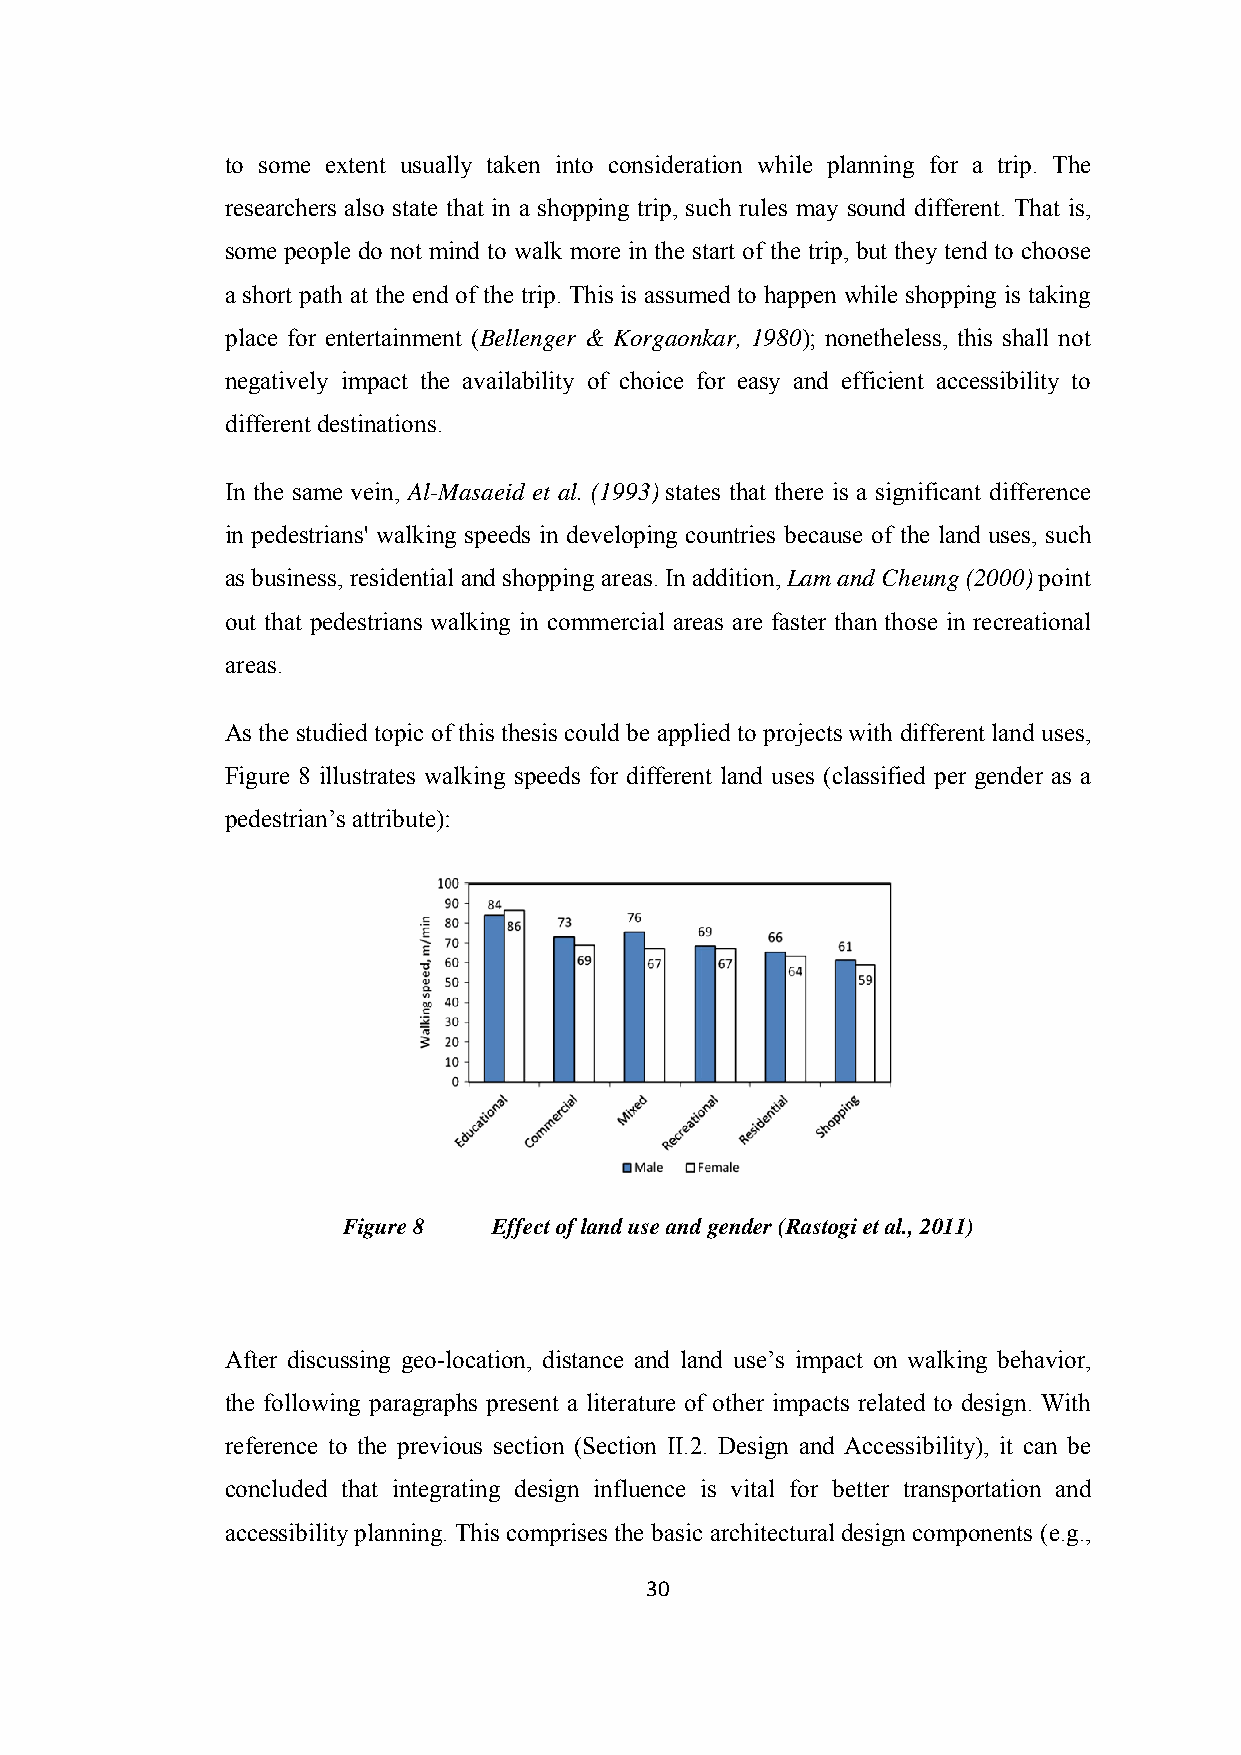
to some extent usually taken into consideration while planning for a trip. The
 researchers also state that in a shopping trip, such rules may sound different. That is,
 some people do not mind to walk more in the start of the trip, but they tend to choose
 a short path at the end of the trip. This is assumed to happen while shopping is taking
 place for entertainment (Bellenger & Korgaonkar, 1980); nonetheless, this shall not
 negatively impact the availability of choice for easy and efficient accessibility to
 different destinations.
 In the same vein, Al-Masaeid et al. (1993) states that there is a significant difference
 in pedestrians' walking speeds in developing countries because of the land uses, such
 as business, residential and shopping areas. In addition, Lam and Cheung (2000) point
 out that pedestrians walking in commercial areas are faster than those in recreational
 areas.
 As the studied topic of this thesis could be applied to projects with different land uses,
 Figure 8 illustrates walking speeds for different land uses (classified per gender as a
 pedestrian’s attribute):
 Figure 8  Effect of land use and gender (Rastogi et al., 2011)
 After discussing geo-location, distance and land use’s impact on walking behavior,
 the following paragraphs present a literature of other impacts related to design. With
 reference to the previous section (Section II.2. Design and Accessibility), it can be
 concluded that integrating design influence is vital for better transportation and
 accessibility planning. This comprises the basic architectural design components (e.g.,
 30